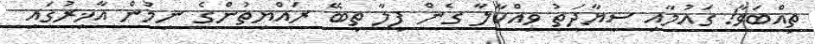
ތިއްބަވާ! ގައުމާއި ސިޔާދަތު ވިއްކާލާ ގެން ފިލާ ތިބޭ ރައްޔިތުންގެ ނިމުން އާޚިރުގައި